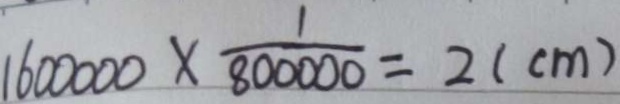
1 6 0 0 0 0 0 \times \frac { 1 } { 8 0 0 0 0 0 } = 2 ( c m )